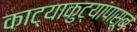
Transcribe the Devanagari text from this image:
काट्याकुट्यांपासून